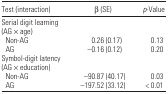
<table><thead><tr><td><b>Test (interaction)</b></td><td><b>β(SE)</b></td><td><b><i>p</i>-Value</b></td></tr></thead><tbody><tr><td colspan="3">Serial digit learning (AG × age)</td></tr><tr><td> Non-AG</td><td>0.26 (0.17)</td><td>0.13</td></tr><tr><td> AG</td><td>−0.16 (0.12)</td><td>0.20</td></tr><tr><td colspan="3">Symbol-digit latency (AG × education)</td></tr><tr><td> Non-AG</td><td>−90.87 (40.17)</td><td>0.03</td></tr><tr><td> AG</td><td>−197.52 (33.12)</td><td>&lt; 0.01</td></tr></tbody></table>